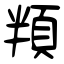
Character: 頖